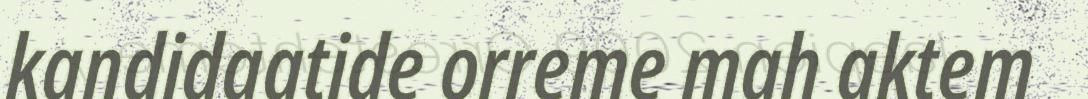
kandidaatide orreme mah aktem